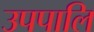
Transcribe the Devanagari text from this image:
उपपालि